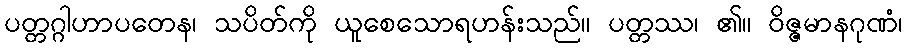
ပတ္တဂ္ဂါဟာပတေန၊ သပိတ်ကို ယူစေသောရဟန်းသည်။ ပတ္တဿ၊ ၏။ ဝိဇ္ဇမာနဂုဏံ၊